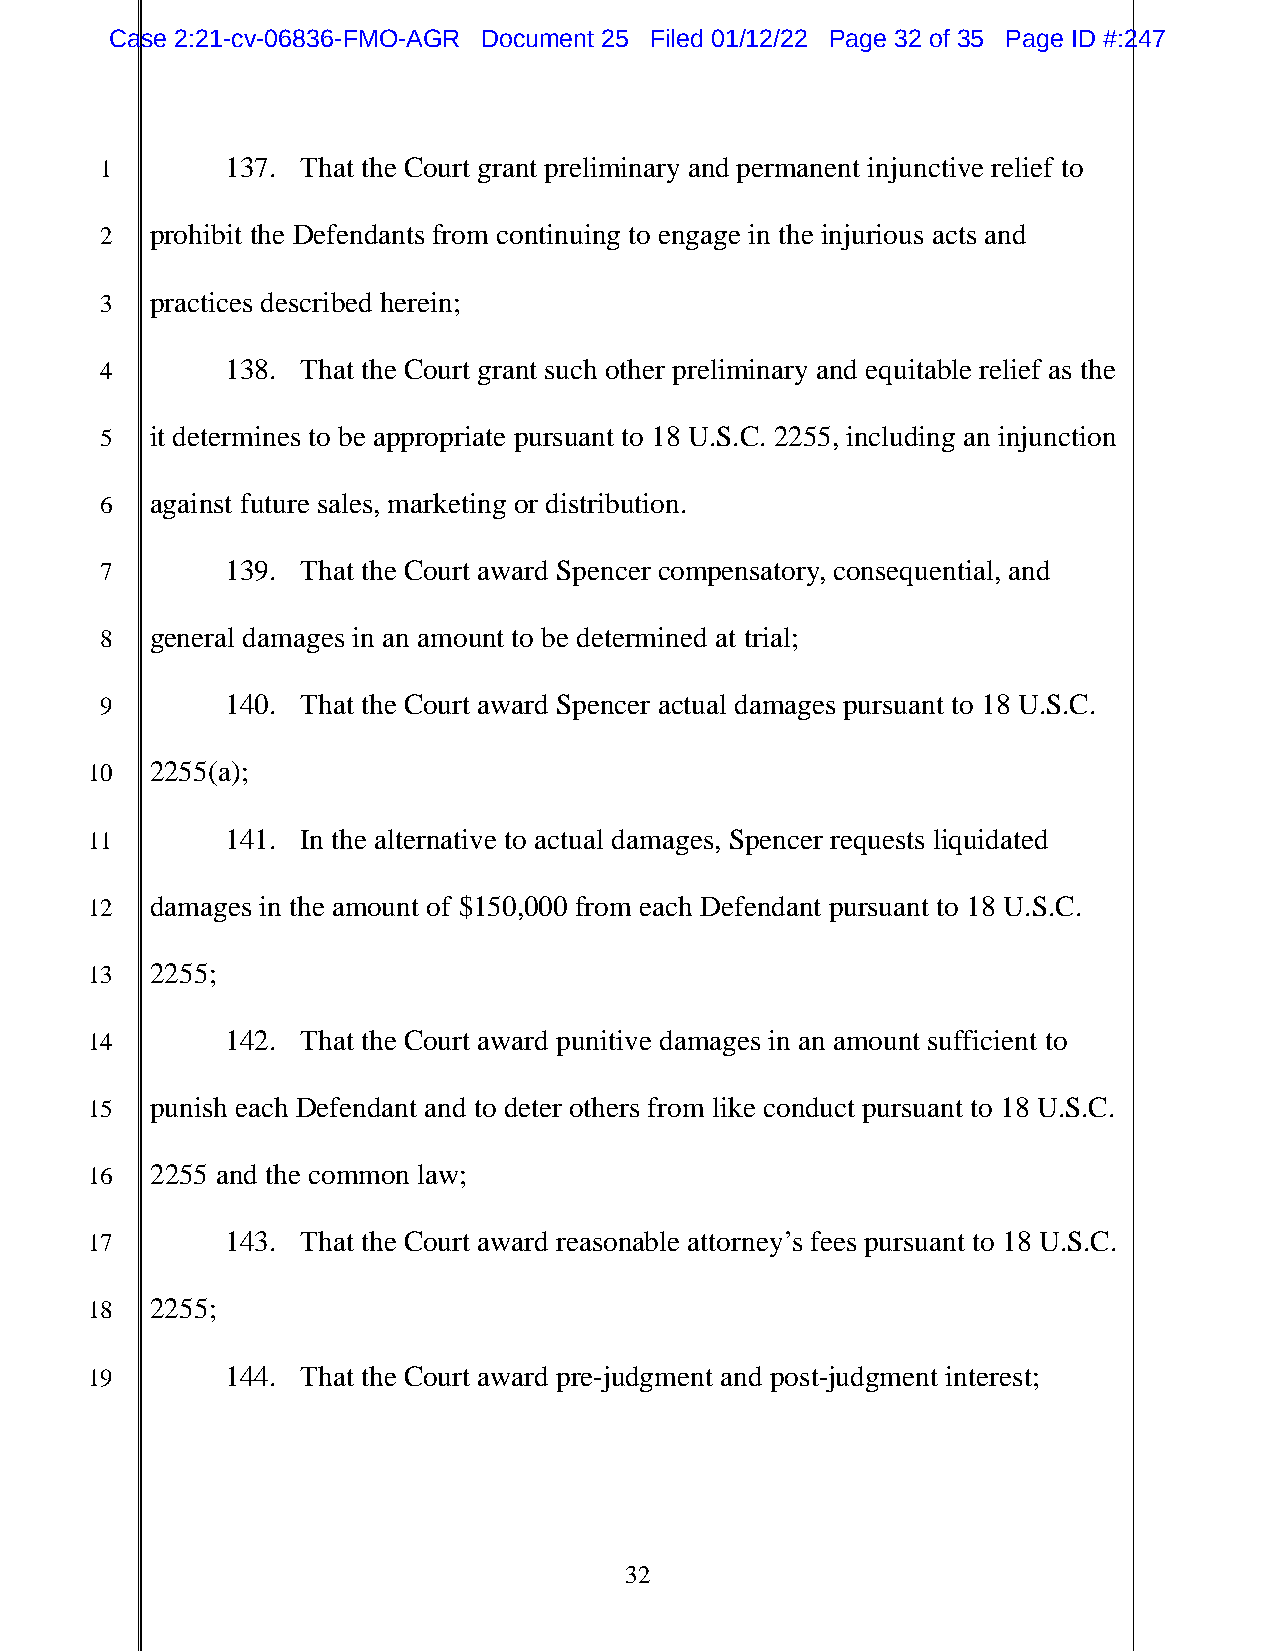
Case 2:21-cv-06836-FMO-AGR Document 25 Filed 01/12/22 Page 32 of 35 Page ID #:247
 1       137. That the Court grant preliminary and permanent injunctive relief to
 2  prohibit the Defendants from continuing to engage in the injurious acts and
 3  practices described herein;
 4       138. That the Court grant such other preliminary and equitable relief as the
 5  it determines to be appropriate pursuant to 18 U.S.C. 2255, including an injunction
 6  against future sales, marketing or distribution.
 7       139. That the Court award Spencer compensatory, consequential, and
 8  general damages in an amount to be determined at trial;
 9       140. That the Court award Spencer actual damages pursuant to 18 U.S.C.
 10  2255(a);
 11       141. In the alternative to actual damages, Spencer requests liquidated
 12  damages in the amount of $150,000 from each Defendant pursuant to 18 U.S.C.
 13  2255;
 14       142. That the Court award punitive damages in an amount sufficient to
 15  punish each Defendant and to deter others from like conduct pursuant to 18 U.S.C.
 16  2255 and the common law;
 17       143. That the Court award reasonable attorney’s fees pursuant to 18 U.S.C.
 18  2255;
 19       144. That the Court award pre-judgment and post-judgment interest;
 32